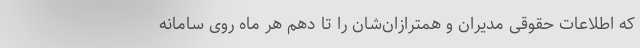
که اطلاعات حقوقی مدیران و همترازان‌شان را تا دهم هر ماه روی سامانه